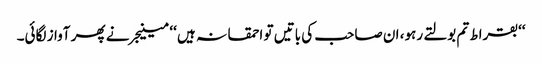
‘‘بقراط تم بولتے رہو، ان صاحب کی باتیں تو احمقانہ ہیں ‘‘ مینیجر نے پھر آواز لگائی۔